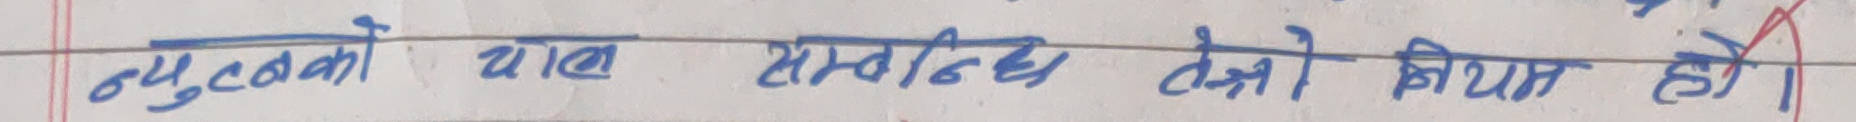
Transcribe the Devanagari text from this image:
उपरोक्तो याच सम्बन्धि तेरो नियम हो।